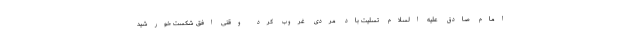
امام صادق علیه السلام تسلیت باد مردی غروب کرد وقتی افق شکست خورشید